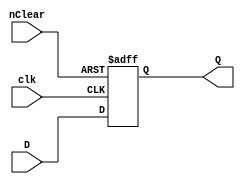
`timescale 1ns / 1ps

module d_ff_beh (clk, D, Q, nClear);
	input clk, D, nClear;
	output reg Q;
	
	always @(posedge clk or negedge nClear)
	begin
		if (~nClear) 
			Q=0; 
		else 
			Q=D;
	end

endmodule